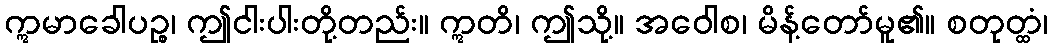
ဣမာခေါပဉ္စ၊ ဤငါးပါးတို့တည်း။ ဣတိ၊ ဤသို့။ အဝေါစ၊ မိန့်တော်မူ၏။ စတုတ္ထံ၊